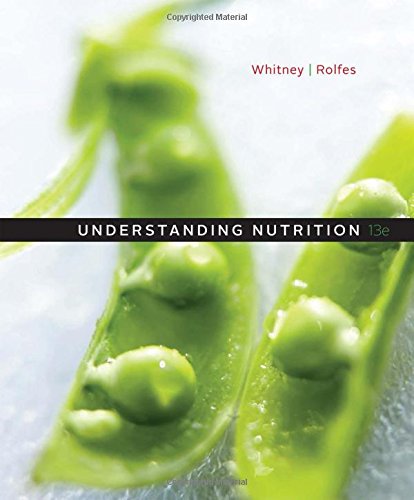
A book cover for Understanding Nutrition; Ellie Whitney; Medical Books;